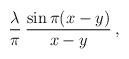
LaTeX: \begin{align*}{\lambda\over \pi}\> {\sin\pi(x-y)\over x-y} \, ,\end{align*}